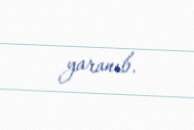
yaranıb.